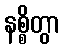
နစ္စိတွာ